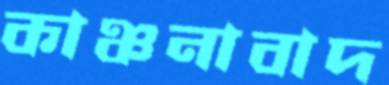
কাঞ্চনাবাদ